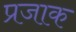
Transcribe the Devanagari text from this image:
प्रजाक